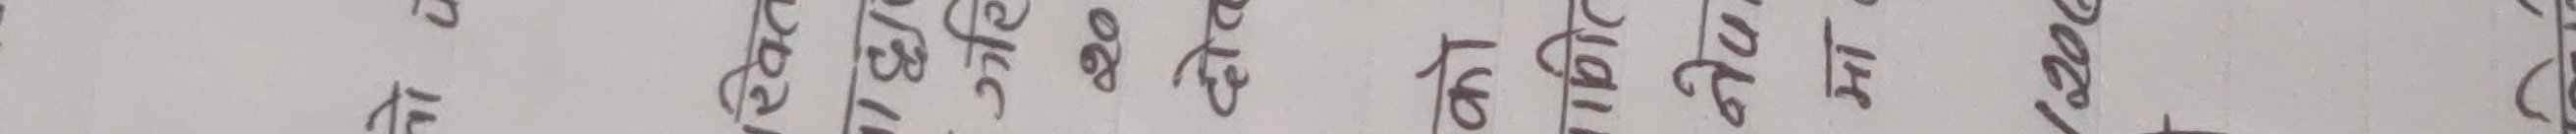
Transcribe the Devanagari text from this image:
तकायोमाछ कचटढधलप ८ ९ २० ७ ४ ६ १ ० अयरकपजमस्ट १६ १५ १४ १३ १२ ११ शत्रुखगघङचछजझञ